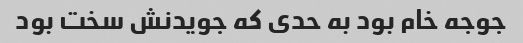
جوجه خام بود به حدی که جویدنش سخت بود